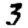
Digit: 3